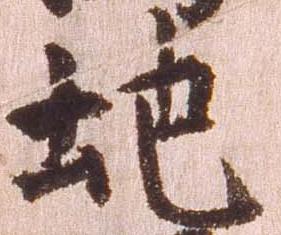
地